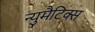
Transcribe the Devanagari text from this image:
न्युमैटिक्स